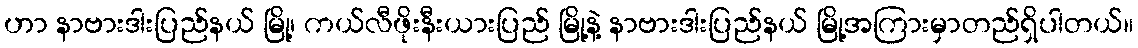
ဟာ နာဗားဒါးပြည်နယ် မြို့၊ ကယ်လီဖိုးနီးယားပြည် မြို့နဲ့ နာဗားဒါးပြည်နယ် မြို့အကြားမှာတည်ရှိပါတယ်။